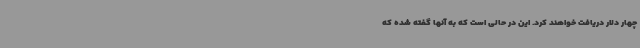
چهار دلار دریافت خواهند کرد. این در حالی است که به آنها گفته شده که